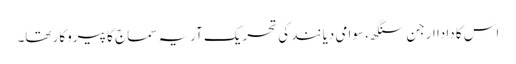
اس کا دادا ارجن سنگھ، سوامی دیانند کی تحریک آریہ سماج کا پیروکار تھا۔